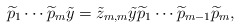
\begin{align*} \widetilde{p}_1\cdots \widetilde{p}_m\tilde{y}=\tilde{z}_{m,m}\tilde{y}\widetilde{p}_1\cdots \widetilde{p}_{m-1}\widetilde{p}_m,\end{align*}